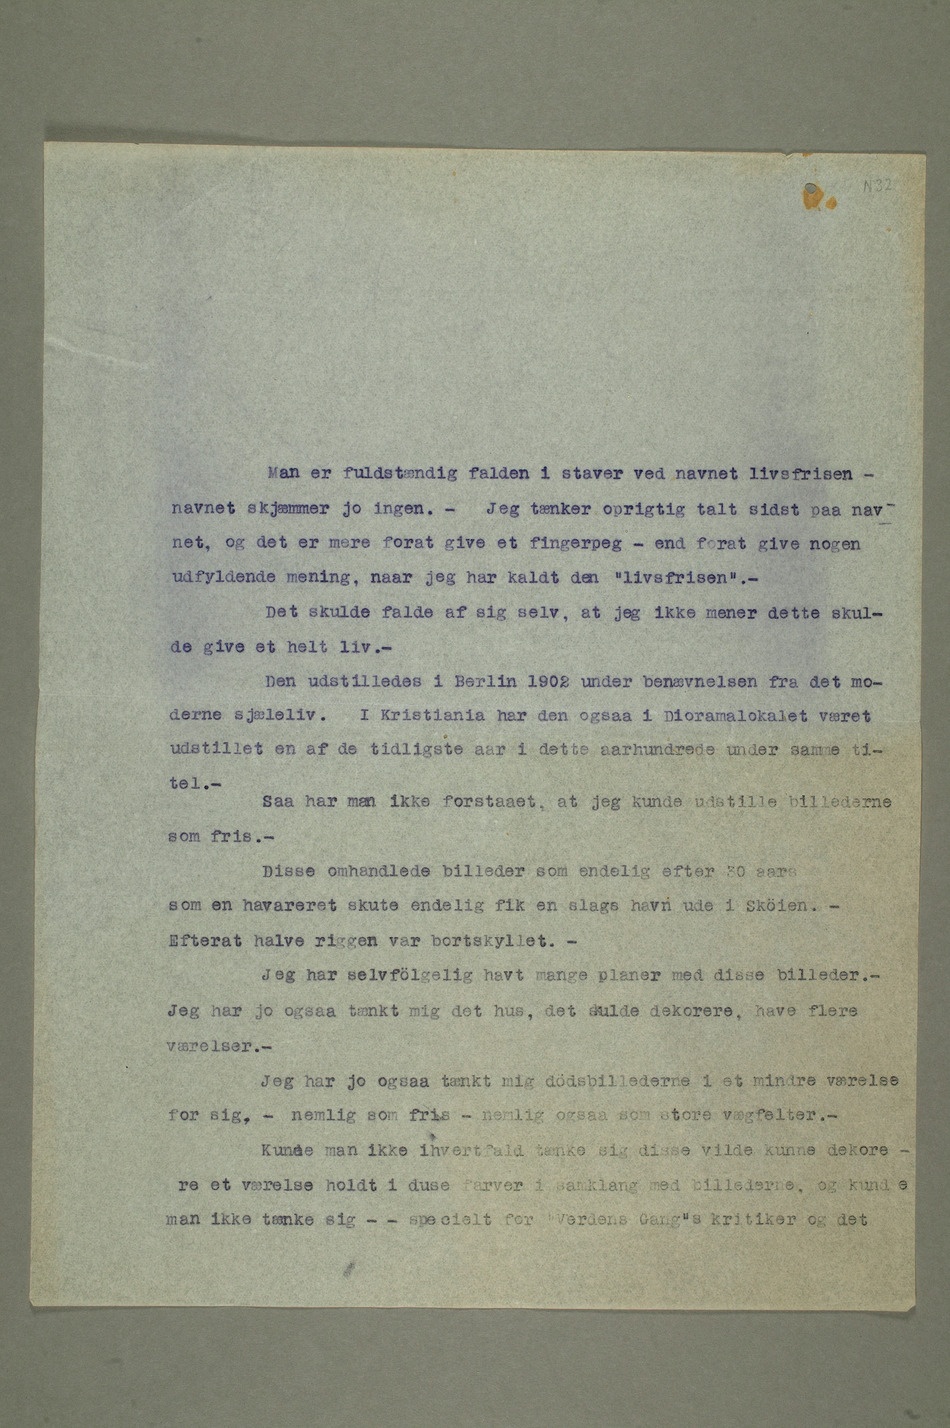
Man er fuldstændig falden i staver ved navnet livsfrisen
– navnet skjæmmer jo ingen. – Jeg tænker oprigtig talt sidst paa nav-
net, og det er mere forat give et fingerpeg – end forat give nogen
udfyldende mening, naar jeg har kaldt den «livsfrisen».
– Det skulde falde af sig selv, at jeg ikke mener dette skul-
de give et helt liv.
– Den udstilledes i Berlin 1902 under benævnelsen fra det mo-
derne sjæleliv. I Kristiania har den ogsaa i Dioramalokalet været
udstillet en af de tidligste aar i dette aarhundrede under samme ti- tel.–
Saa har man ikke forstaaet, at jeg kunde udstille billederne
som fris.
– Disse omhandlede billeder som endelig efter 30 aars
som en havareret skute endelig fik en slags havn ude i Sköien.
– Efterat halve riggen var bortskyllet.
– Jeg har selvfölgelig havt mange planer med disse billeder.
– Jeg har jo ogsaa tænkt mig det hus, det skulde dekorere, have flere
værelser.
– Jeg har jo ogsaa tænkt mig dödsbillederne i et mindre værelse
for sig, – nemlig som fris – nemlig ogsaa som store vægfelter.
– Kunde man ikke ihvertfald tænke sig disse vilde kunne dekore-
man ikke tænke sig – – specielt for «Verdens Gangs» kritiker og det